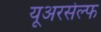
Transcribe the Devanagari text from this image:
यूअरसेल्फ